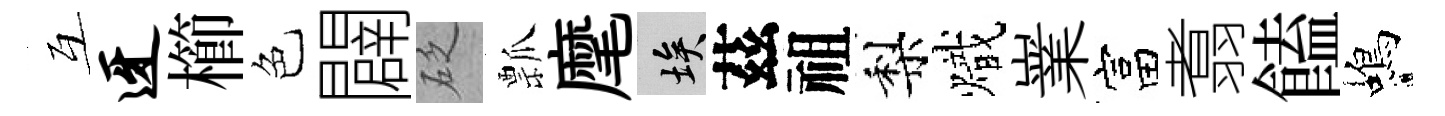
互迓櫛色闢砭瓢麾埃茲祖梨熾嶪富翥饁蝎